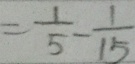
= \frac { 1 } { 5 } - \frac { 1 } { 1 5 }